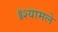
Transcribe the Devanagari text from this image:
॥श्यामले